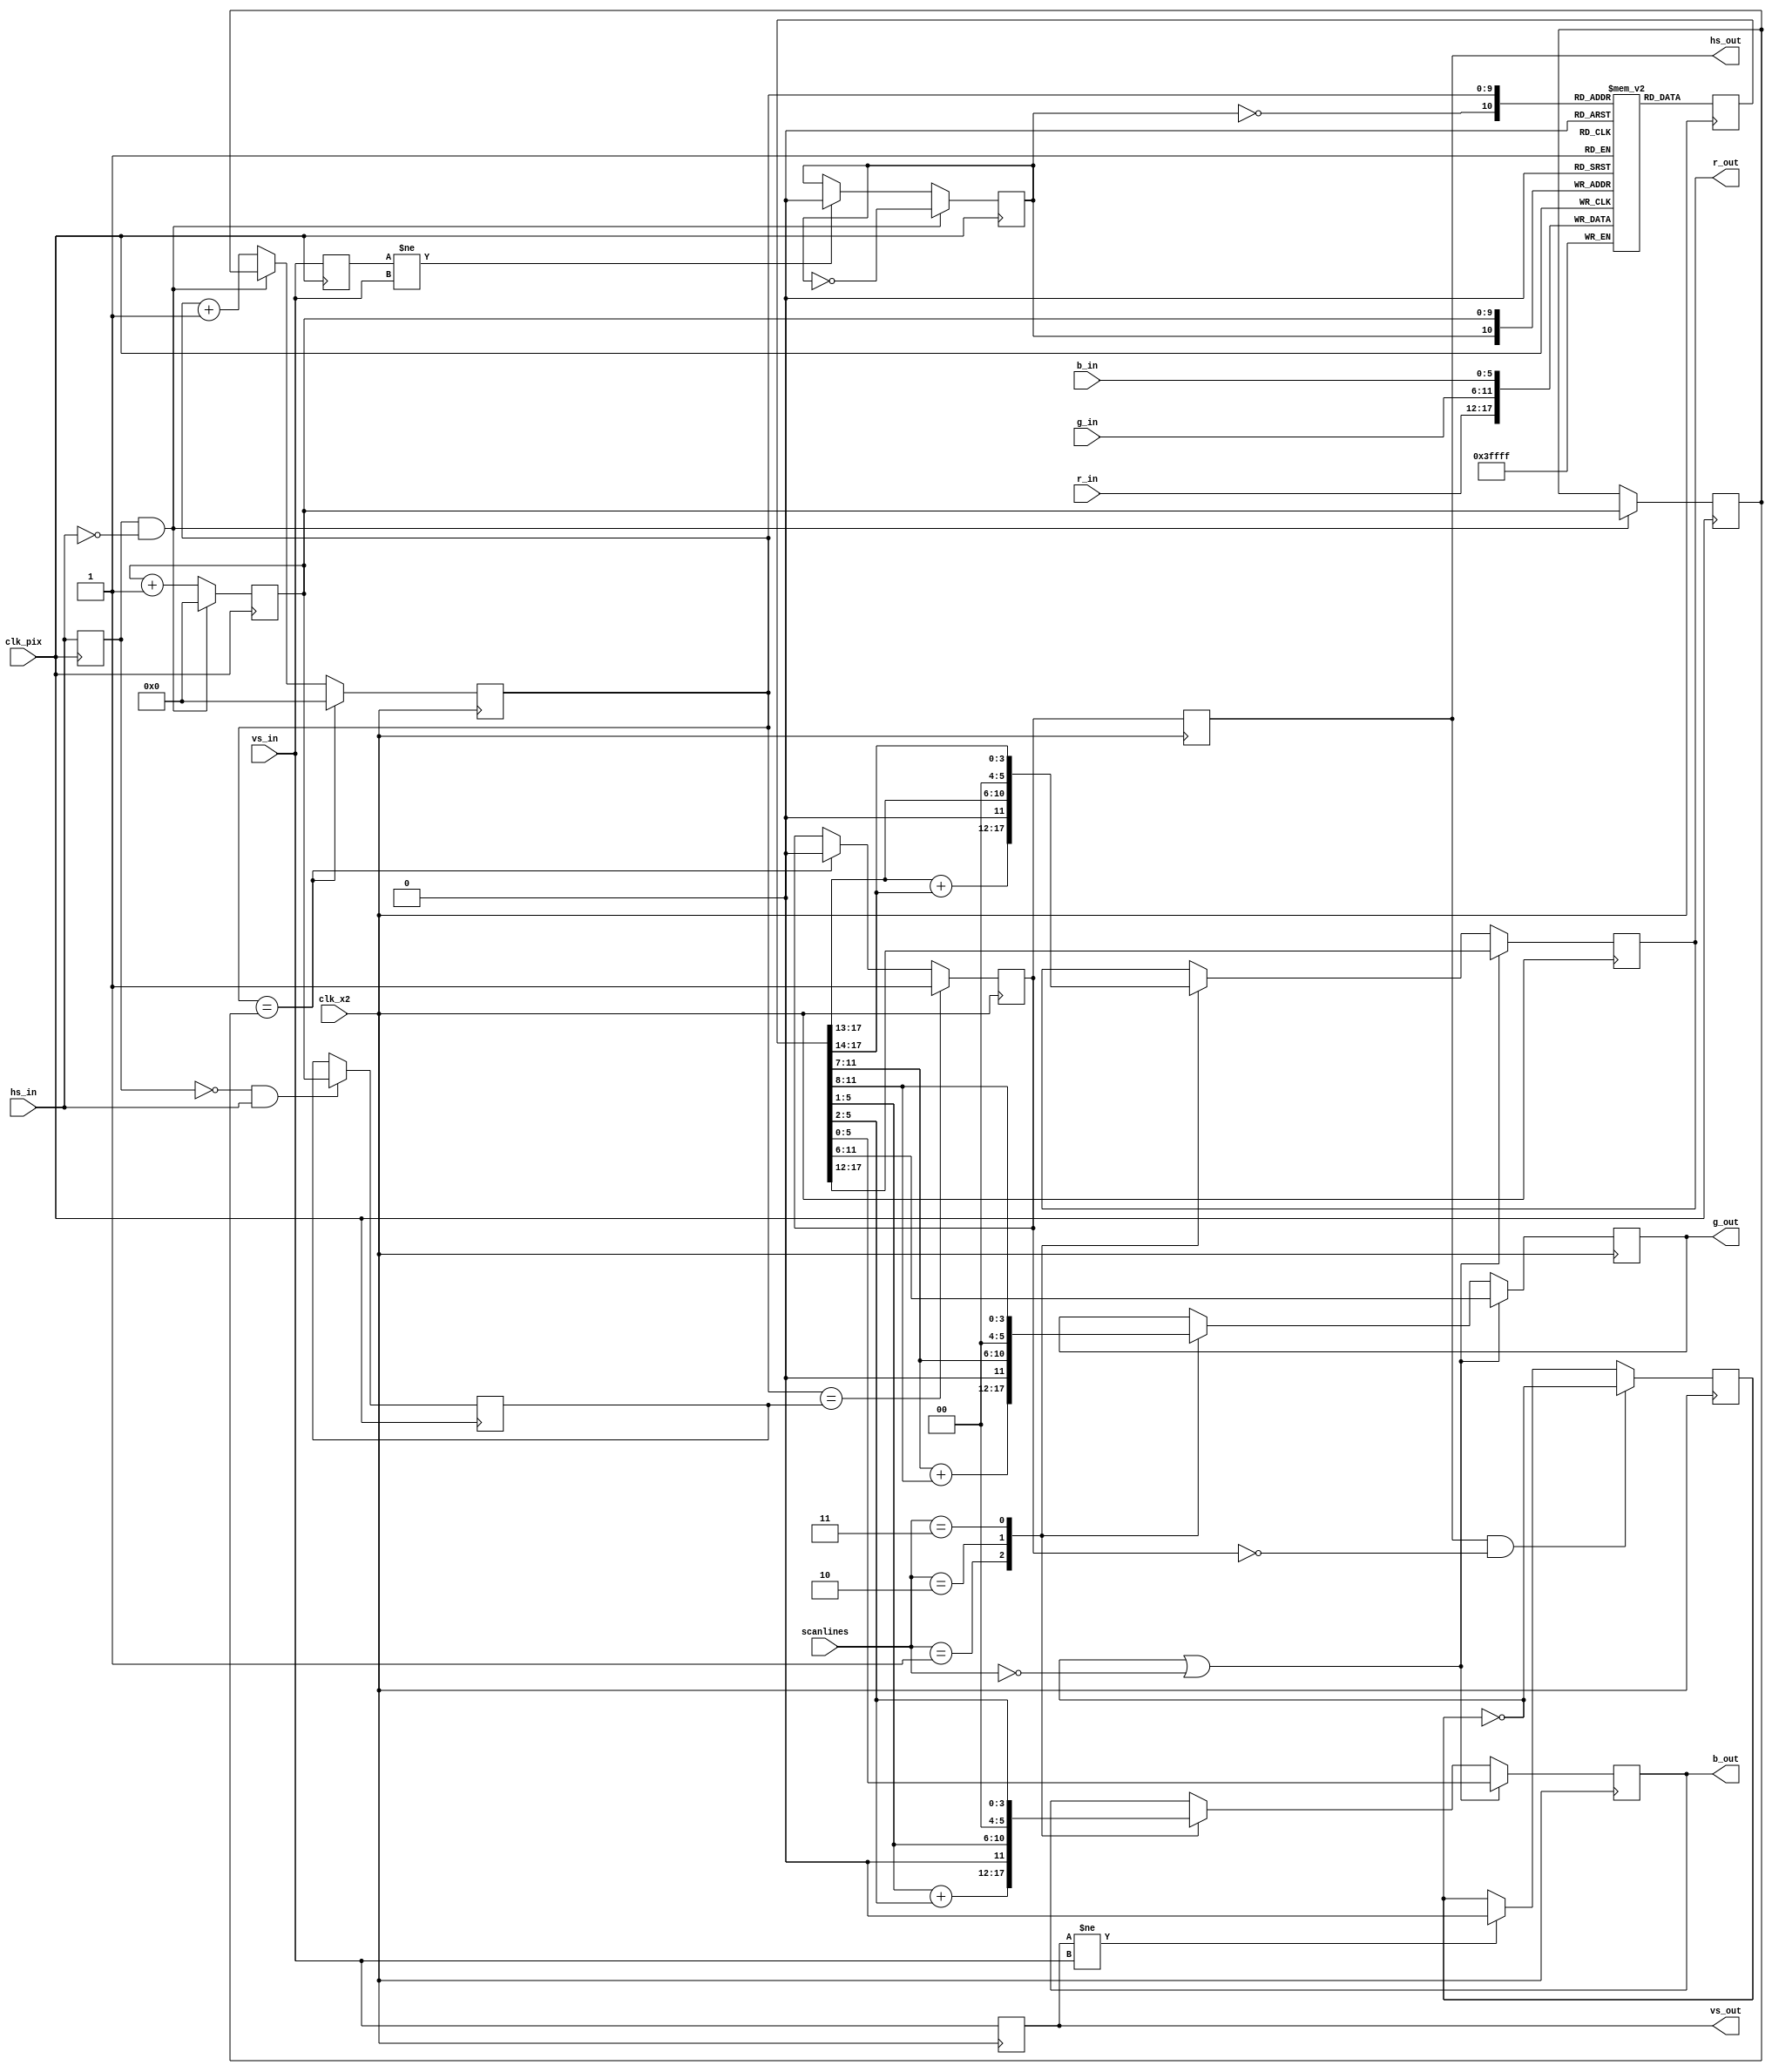
module scandoubler (
        // system interface
        input 	          clk_x2,
        input 	          clk_pix,

        // scanlines (00-none 01-25% 10-50% 11-75%)
        input [1:0] 	    scanlines,

        // shifter video interface
        input 	          hs_in,
        input 	          vs_in,
        input [5:0] 	    r_in,
        input [5:0] 	    g_in,
        input [5:0] 	    b_in,

        // output interface
        output reg 	    hs_out,
        output reg 	    vs_out,
        output reg [5:0] r_out,
        output reg [5:0] g_out,
        output reg [5:0] b_out
    );

    // --------------------- create output signals -----------------
    // latch everything once more to make it glitch free and apply scanline effect
    reg scanline;
    always @(posedge clk_x2)
    begin
        hs_out <= hs_sd;
        vs_out <= vs_in;

        // reset scanlines at every new screen
        if(vs_out != vs_in)
            scanline <= 1'b0;

        // toggle scanlines at begin of every hsync
        if(hs_out && !hs_sd)
            scanline <= !scanline;

        // if no scanlines or not a scanline
        if(!scanline || scanlines == 2'b00)
        begin
            r_out <= sd_out[17:12];
            g_out <= sd_out[11:6];
            b_out <= sd_out[5:0];
        end
        else
        begin
            case(scanlines)
                2'b01:
                begin // reduce 25% = 1/2 + 1/4
                    r_out <= { 1'b0, sd_out[17:13] } + { 2'b00, sd_out[17:14] };
                    g_out <= { 1'b0, sd_out[11:7] }  + { 2'b00, sd_out[11:8]   };
                    b_out <= { 1'b0, sd_out[5:1] }   + { 2'b00, sd_out[5:2]   };
                end

                2'b10:
                begin // reduce 50% = 1/2
                    r_out <= { 1'b0, sd_out[17:13] };
                    g_out <= { 1'b0, sd_out[11:7] };
                    b_out <= { 1'b0, sd_out[5:1] };
                end

                2'b11:
                begin // reduce 75% = 1/4
                    r_out <= { 2'b00, sd_out[17:14] };
                    g_out <= { 2'b00, sd_out[11:8] };
                    b_out <= { 2'b00, sd_out[5:2] };
                end
            endcase
        end // else: !if(!scanline || scanlines == 2'b00)
    end

    // scan doubler output register
    reg [17:0]  sd_out;

    // ==================================================================
    // ======================== the line buffers ========================
    // ==================================================================

    // 2 lines of 1024 pixels 3*6 bit RGB
    (* ramstyle = "no_rw_check" *) reg [17:0] sd_buffer [2047:0];

    // use alternating sd_buffers when storing/reading data
    reg vsD;
    reg line_toggle;
    always @(negedge clk_pix)
    begin
        vsD <= vs_in;

        if(vsD != vs_in)
            line_toggle <= 1'b0;

        // begin of incoming hsync
        if(hsD && !hs_in)
            line_toggle <= !line_toggle;
    end

    always @(negedge clk_pix)
        sd_buffer[{line_toggle, hcnt}] <= { r_in, g_in, b_in };

    // ==================================================================
    // =================== horizontal timing analysis ===================
    // ==================================================================

    // total hsync time (in 16MHz cycles), hs_total reaches 1024
    reg [9:0] hs_max;
    reg [9:0] hs_rise;
    reg [9:0] hcnt;
    reg hsD;

    always @(negedge clk_pix)
    begin
        hsD <= hs_in;

        // falling edge of hsync indicates start of line
        if(hsD && !hs_in)
        begin
            hs_max <= hcnt;
            hcnt <= 10'd0;
        end
        else
            hcnt <= hcnt + 10'd1;

        // save position of rising edge
        if(!hsD && hs_in)
            hs_rise <= hcnt;
    end

    // ==================================================================
    // ==================== output timing generation ====================
    // ==================================================================

    reg [9:0] sd_hcnt;
    reg hs_sd;

    // timing generation runs 32 MHz (twice the input signal analysis speed)
    always @(posedge clk_x2)
    begin

        // output counter synchronous to input and at twice the rate
        sd_hcnt <= sd_hcnt + 10'd1;
        if(hsD && !hs_in)
            sd_hcnt <= hs_max;
        if(sd_hcnt == hs_max)
            sd_hcnt <= 10'd0;

        // replicate horizontal sync at twice the speed
        if(sd_hcnt == hs_max)
            hs_sd <= 1'b0;
        if(sd_hcnt == hs_rise)
            hs_sd <= 1'b1;

        // read data from line sd_buffer
        sd_out <= sd_buffer[{~line_toggle, sd_hcnt}];
    end

endmodule